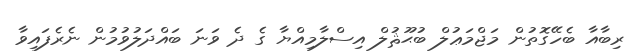
ރިބާއާ ބެހޭގޮތުން މަޖްމަޢުލް ބުޙޫޘުލް އިސްލާމިއްޔާ ގެ ދެ ވަނަ ބައްދަލުވުމުން ނެރެފައިވާ